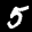
Label: 5